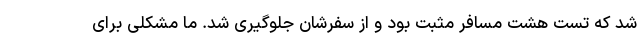
شد که تست هشت مسافر مثبت بود و از سفرشان جلوگیری شد. ما مشکلی برای